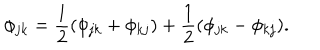
LaTeX: \phi _ { j k } = { \frac { 1 } { 2 } } ( \phi _ { j k } + \phi _ { k j } ) + { \frac { 1 } { 2 } } ( \phi _ { j k } - \phi _ { k j } ) .